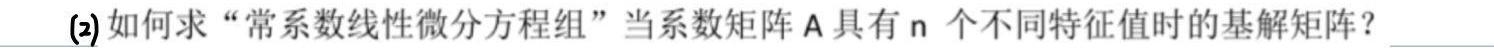
(2) 如何求 “常系数线性微分方程组” 当系数矩阵 $\mathrm{A}$ 具有 $n$ 个不同特征值时的基解矩阵？